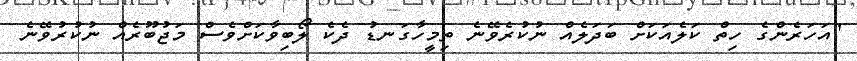
"އަހަރެންގެ ހިތް ކަލެއަކަށް ބަދަލެއް ނުކުރެވޭނެ ތިމީހާގަނޑު ދެކެ ލޯބިވާކަށްވެސް މަޖުބޫރެއް ނުކުރުވޭނެ